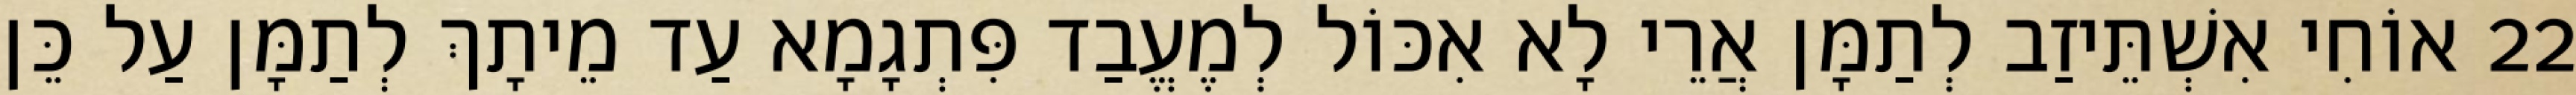
22 אוֹחִי אִשְׁתֵּיזַב לְתַמָּן אֲרֵי לָא אִכּוֹל לְמֶעֱבַד פִּתְגָמָא עַד מֵיתָךְ לְתַמָּן עַל כֵּן